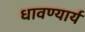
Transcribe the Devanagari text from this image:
धावण्यार्य